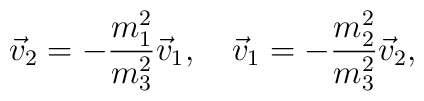
\vec{v}_2 =-\frac{m^2_1}{m^2_3}\vec{v}_1,\quad\vec{v}_1 =-\frac{m^2_2}{m^2_3}\vec{v}_2,